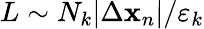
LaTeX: L\sim N_{k}|\Delta\mathbf{x}_{n}|/\varepsilon_{k}